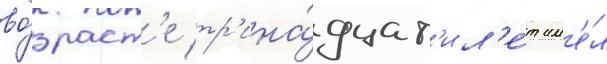
во́зраст'е тр'ина́дцат'и л'е́т им'е́л